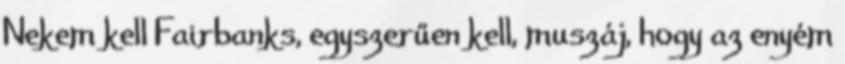
Nekem kell Fairbanks, egyszerűen kell, muszáj, hogy az enyém